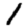
Digit: 1